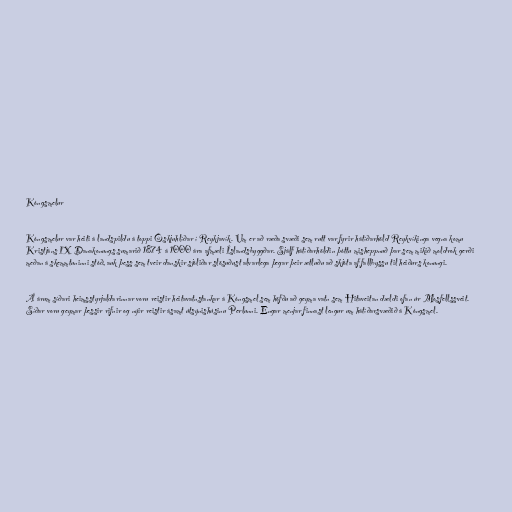
Kóngsmelur

Kóngsmelur var heiti á landspildu á toppi Öskjuhlíðar í Reykjavík. Um er að ræða svæði sem rutt var fyrir hátíðarhöld Reykvíkinga vegna komu
Kristjáns IX Danakonungs sumarið 1874 á 1000 ára afmæli Íslandsbyggðar. Sjálf hátíðarhöldin þóttu misheppnuð þar sem mikið moldrok gerði
meðan á skemmtuninni stóð, auk þess sem tveir danskir sjóliðar slösuðust alvarlega þegar þeir ætluðu að skjóta af fallbyssu til heiðurs konungi.

Á árum síðari heimsstyrjaldarinnar voru reistir heitavatnstankar á Kóngsmel sem höfðu að geyma vatn sem Hitaveitan dældi ofan úr Mosfellssveit.
Síðar voru geymar þessir rifnir og nýir reistir ásamt útsýnishúsinu Perlunni. Engar menjar finnast lengur um hátíðarsvæðið á Kóngsmel.